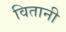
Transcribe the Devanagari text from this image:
वितानी